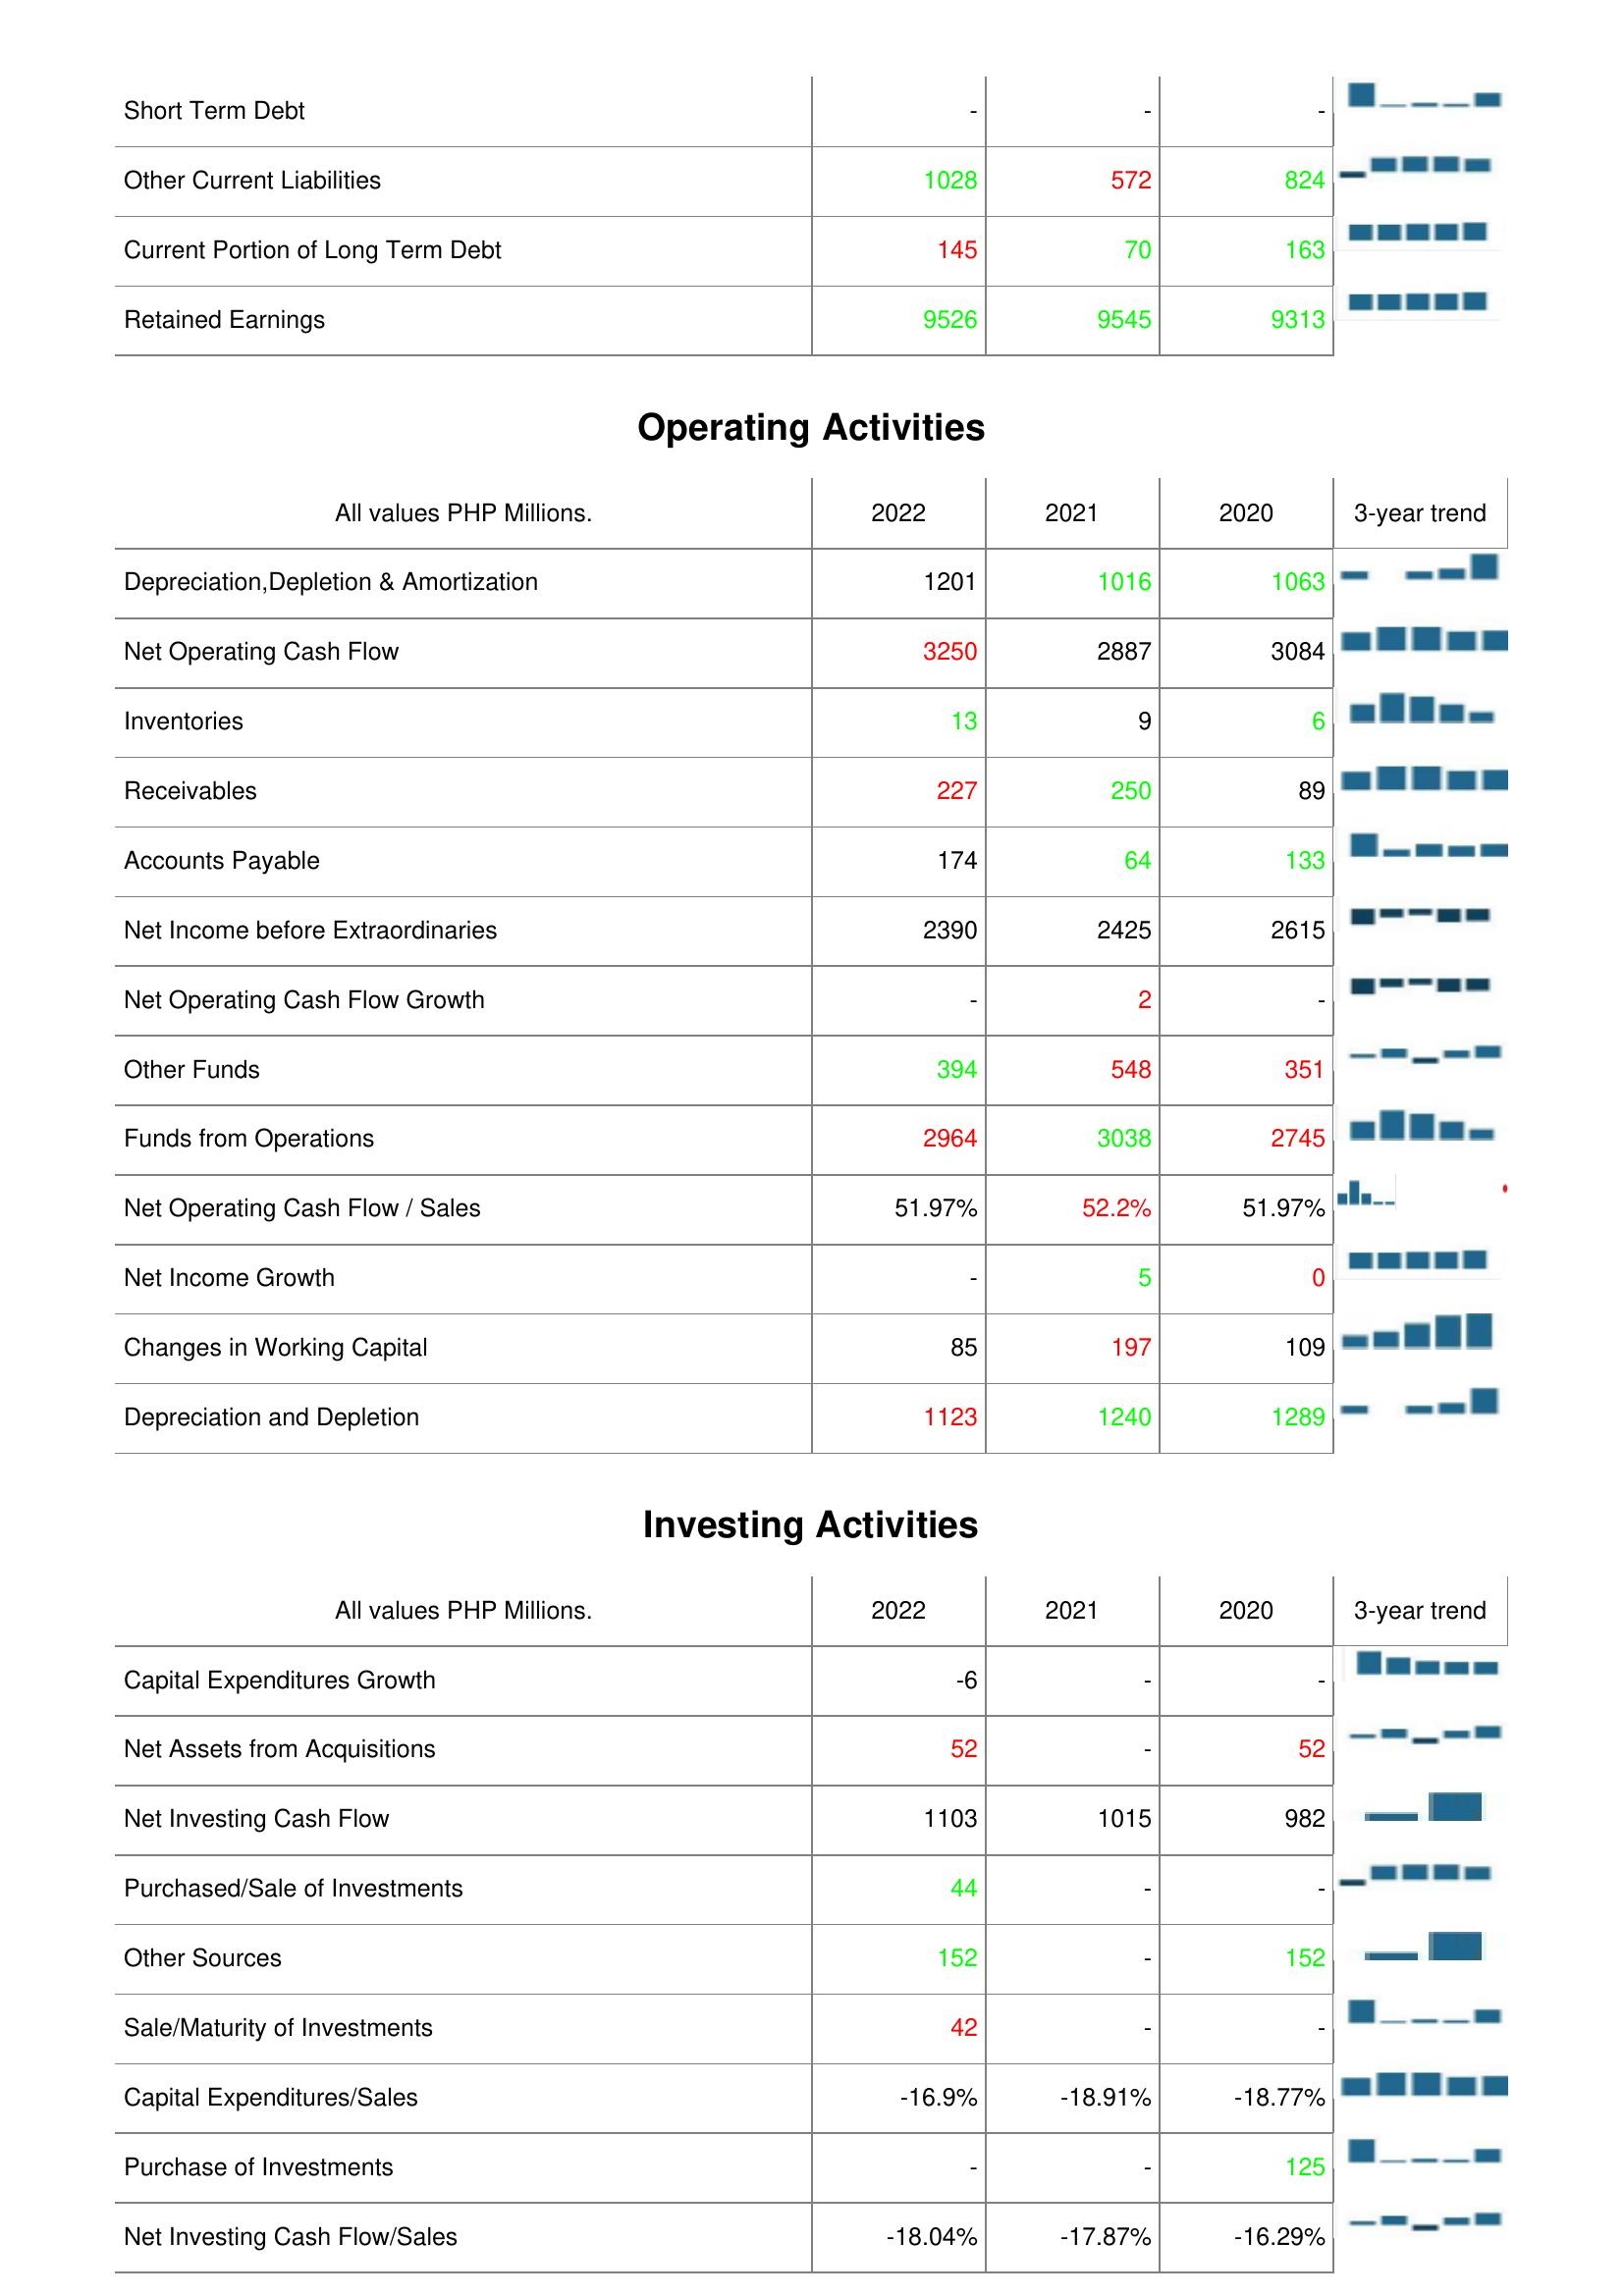
2022: Liabilities & Shareholder's Equity: Short Term Debt: -
Other Current Liabilities: 1028
Current Portion of Long Term Debt: 145
Retained Earnings: 9526
Operating Activities: Depreciation,Depletion & Amortization: 1201
Net Operating Cash Flow: 3250
Inventories: 13
Receivables: 227
Accounts Payable: 174
Net Income before Extraordinaries: 2390
Net Operating Cash Flow Growth: -
Other Funds: 394
Funds from Operations: 2964
Net Operating Cash Flow / Sales: 51.97%
Net Income Growth: -
Changes in Working Capital: 85
Depreciation and Depletion: 1123
Investing Activities: Capital Expenditures Growth: -6
Net Assets from Acquisitions: 52
Net Investing Cash Flow: 1103
Purchased/Sale of Investments: 44
Other Sources: 152
Sale/Maturity of Investments: 42
Capital Expenditures/Sales: -16.9%
Purchase of Investments: -
Net Investing Cash Flow/Sales: -18.04%
2021: Liabilities & Shareholder's Equity: Short Term Debt: -
Other Current Liabilities: 572
Current Portion of Long Term Debt: 70
Retained Earnings: 9545
Operating Activities: Depreciation,Depletion & Amortization: 1016
Net Operating Cash Flow: 2887
Inventories: 9
Receivables: 250
Accounts Payable: 64
Net Income before Extraordinaries: 2425
Net Operating Cash Flow Growth: 2
Other Funds: 548
Funds from Operations: 3038
Net Operating Cash Flow / Sales: 52.2%
Net Income Growth: 5
Changes in Working Capital: 197
Depreciation and Depletion: 1240
Investing Activities: Capital Expenditures Growth: -
Net Assets from Acquisitions: -
Net Investing Cash Flow: 1015
Purchased/Sale of Investments: -
Other Sources: -
Sale/Maturity of Investments: -
Capital Expenditures/Sales: -18.91%
Purchase of Investments: -
Net Investing Cash Flow/Sales: -17.87%
2020: Liabilities & Shareholder's Equity: Short Term Debt: -
Other Current Liabilities: 824
Current Portion of Long Term Debt: 163
Retained Earnings: 9313
Operating Activities: Depreciation,Depletion & Amortization: 1063
Net Operating Cash Flow: 3084
Inventories: 6
Receivables: 89
Accounts Payable: 133
Net Income before Extraordinaries: 2615
Net Operating Cash Flow Growth: -
Other Funds: 351
Funds from Operations: 2745
Net Operating Cash Flow / Sales: 51.97%
Net Income Growth: 0
Changes in Working Capital: 109
Depreciation and Depletion: 1289
Investing Activities: Capital Expenditures Growth: -
Net Assets from Acquisitions: 52
Net Investing Cash Flow: 982
Purchased/Sale of Investments: -
Other Sources: 152
Sale/Maturity of Investments: -
Capital Expenditures/Sales: -18.77%
Purchase of Investments: 125
Net Investing Cash Flow/Sales: -16.29%